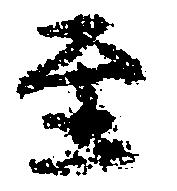
至